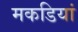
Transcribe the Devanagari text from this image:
मकडियां